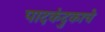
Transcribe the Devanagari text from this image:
पादकंदुकाचे